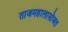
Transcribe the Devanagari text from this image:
ताजमहालासोबत